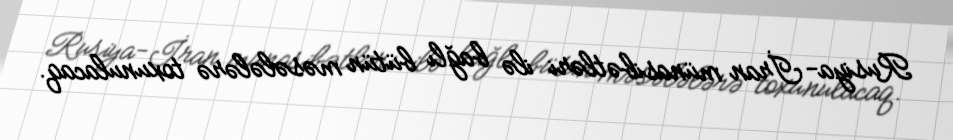
Rusiya-İran münasibətləri ilə bağlı bütün məsələlərə toxunulacaq.